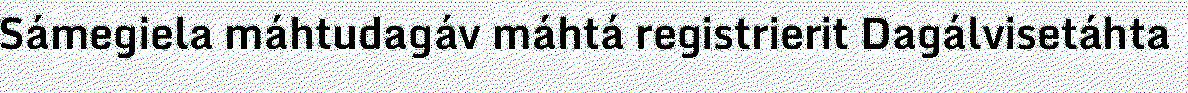
Sámegiela máhtudagáv máhtá registrierit Dagálvisetáhta